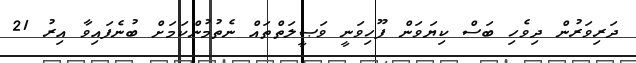
ދަރިވަރުން ދިވެހި ބަސް ކިޔަވަން ފޫހިވަނީ ވަޞީލަތްތައް ނެތުމުންކަމަށް ބުނެފައިވާ އިރު 21